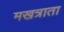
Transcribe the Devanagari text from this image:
मखत्राता